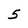
Character: 5